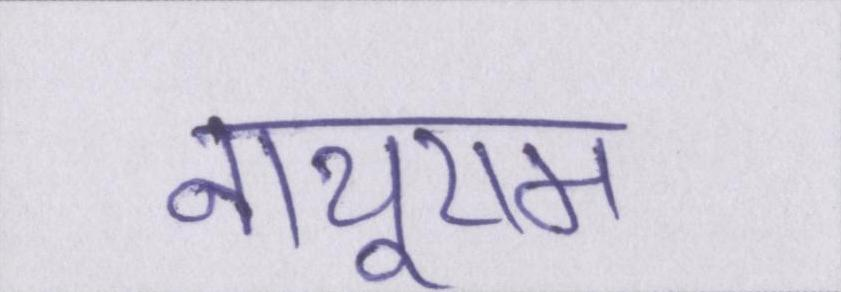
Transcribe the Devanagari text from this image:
नाथूराम